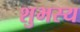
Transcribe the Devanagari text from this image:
शुभस्य